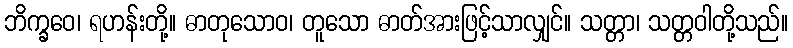
ဘိက္ခဝေ၊ ရဟန်းတို့။ ဓာတုသောဝ၊ တူသော ဓာတ်အားဖြင့်သာလျှင်။ သတ္တာ၊ သတ္တဝါတို့သည်။